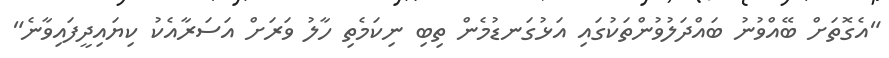
"އެގޮތަށް ބޭއްވުނު ބައްދަލުވުންތަކުގައި އަޅުގަނޑުމެން ތިބި ނިކަމެތި ހާލު ވަރަށް އަސަރާއެކު ކިޔައިދީފައިވާނެ"